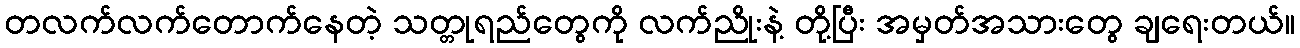
တလက်လက်တောက်နေတဲ့ သတ္တုရည်တွေကို လက်ညိုးနဲ့ တို့ပြီး အမှတ်အသားတွေ ချရေးတယ်။